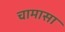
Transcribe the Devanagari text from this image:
चामासा